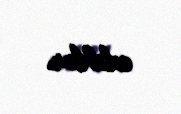
ediblər.